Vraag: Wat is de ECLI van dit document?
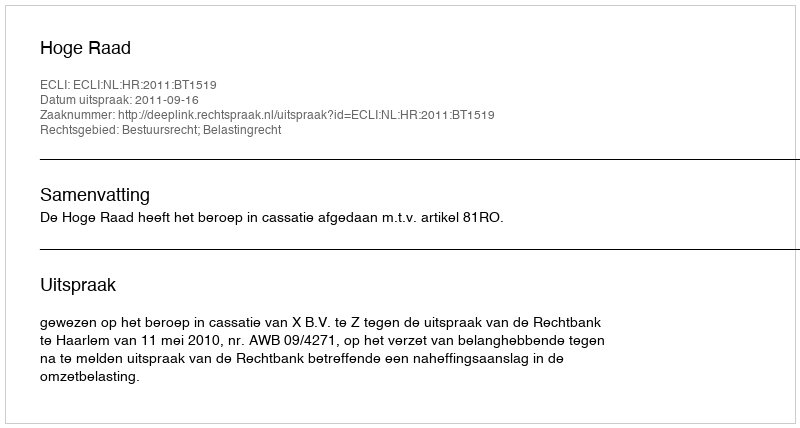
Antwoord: ECLI:NL:HR:2011:BT1519